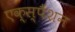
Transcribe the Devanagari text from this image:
एक्स्पैंशन